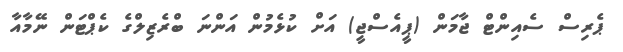
ޕެރިސް ސެއިންޓް ޖާމަން (ޕީއެސްޖީ) އަށް ކުޅެމުން އަންނަ ބްރެޒިލްގެ ކެޕްޓަން ނޭމާއާ